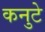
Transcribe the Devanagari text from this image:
कनुटे